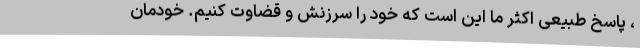
، پاسخ طبیعی اکثر ما این است که خود را سرزنش و قضاوت کنیم. خودمان